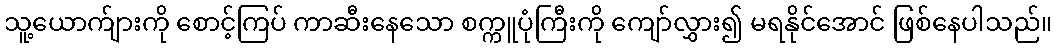
သူ့ယောက်ျားကို စောင့်ကြပ် ကာဆီးနေသော စက္ကူပုံကြီးကို ကျော်လွှား၍ မရနိုင်အောင် ဖြစ်နေပါသည်။